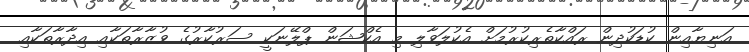
އަނިޔާއިން ކުޑަކުދިން ރައްކާތެރިކުރުމަށް އެކުލަވާލި މި އެކްޝަން ޕްލޭނަކީ ސަރުކާރުގެ ވުޒާރާތަކާއި އިދާރާތަކާއި